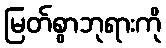
မြတ်စွာဘုရားကို